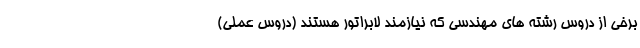
برخی از دروس رشته های مهندسی که نیازمند لابراتور هستند (دروس عملی)